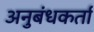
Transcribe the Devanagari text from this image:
अनुबंधकर्ता